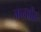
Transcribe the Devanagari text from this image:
मनवीर